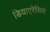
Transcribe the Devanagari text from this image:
डियाएरेसिस